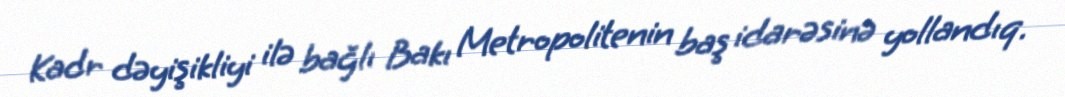
Kadr dəyişikliyi ilə bağlı Bakı Metropolitenin baş idarəsinə yollandıq.